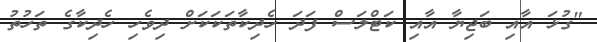
"ގުޅަ އާއި ބަޖިޔާ އާއި ކަޓްލަސް ފަދަ ހެދިކާތަކަކަށް ދިވެހި ހެދިކާގެ ތަހުތު